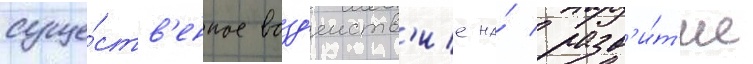
суще́ств'енное возд'еиств'ие на́ разв'и́т'ие